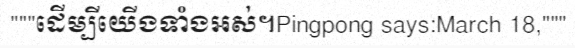
"""ដើម្បីយើងទាំងអស់។Pingpong says:March 18,"""